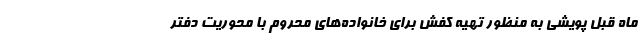
ماه قبل پویشی به منظور تهیه کفش برای خانواده‌های محروم با محوریت دفتر